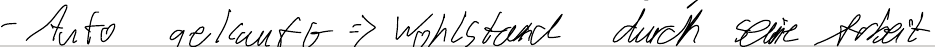
- Auto gekauft => Wohlstand durch seine Arbeit